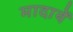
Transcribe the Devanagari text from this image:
मादायें